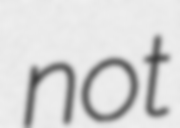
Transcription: not